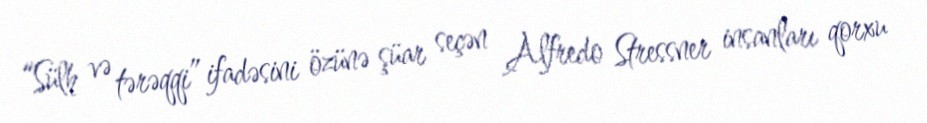
“Sülh və tərəqqi” ifadəsini özünə şüar seçən Alfredo Stressner insanları qorxu